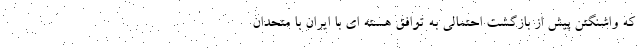
که واشنگتن پیش از بازگشت احتمالی به توافق هسته ای با ایران با متحدان